On a parasite found in persons suffering from enlargement of the spleen in India, second report - Number 11
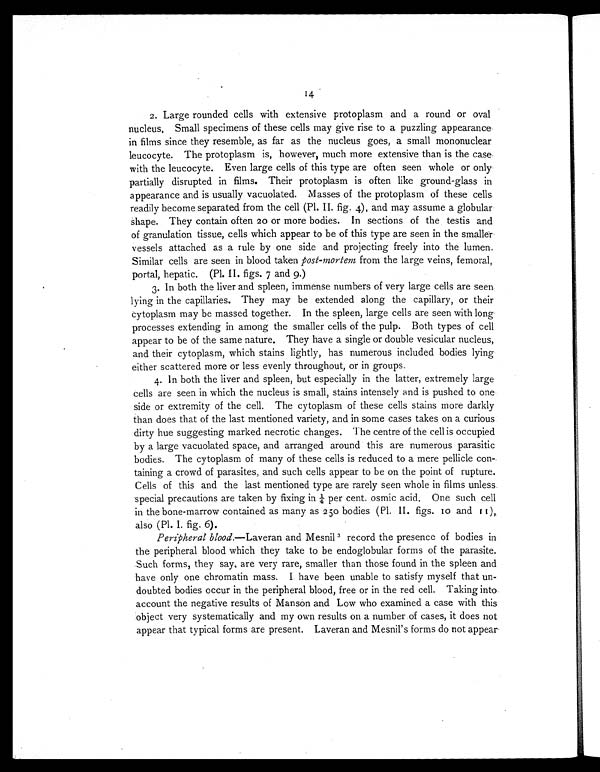
14
2. Large rounded cells with extensive protoplasm and a round or oval
nucleus. Small specimens of these cells may give rise to a puzzling appearance
in films since they resemble, as far as the nucleus goes, a small mononuclear
leucocyte. The protoplasm is, however, much more extensive than is the case
with the leucocyte. Even large cells of this type are often seen whole or only
partially disrupted in films. Their protoplasm is often like ground-glass in
appearance and is usually vacuolated. Masses of the protoplasm of these cells
readily become separated from the cell (Pl. II. fig. 4), and may assume a globular
shape. They contain often 20 or more bodies. In sections of the testis and
of granulation tissue, cells which appear to be of this type are seen in the smaller
vessels attached as a rule by one side and projecting freely into the lumen.
Similar cells are seen in blood taken post-mortem from the large veins, femoral,
portal, hepatic. (Pl. II. figs. 7 and 9.)
3. In both the liver and spleen, immense numbers of very large cells are seen
lying in the capillaries. They may be extended along the capillary, or their
cytoplasm may be massed together. In the spleen, large cells are seen with long
processes extending in among the smaller cells of the pulp. Both types of cell
appear to be of the same nature. They have a single or double vesicular nucleus,
and their cytoplasm, which stains lightly, has numerous included bodies lying
either scattered more or less evenly throughout, or in groups.
4. In both the liver and spleen, but especially in the latter, extremely large
cells are seen in which the nucleus is small, stains intensely and is pushed to one
side or extremity of the cell. The cytoplasm of these cells stains more darkly
than does that of the last mentioned variety, and in some cases takes on a curious
dirty hue suggesting marked necrotic changes. The centre of the cell is occupied
by a large vacuolated space, and arranged around this are numerous parasitic
bodies. The cytoplasm of many of these cells is reduced to a mere pellicle con-
taining a crowd of parasites, and such cells appear to be on the point of rupture.
Cells of this and the last mentioned type are rarely seen whole in films unless
special precautions are taken by fixing in ¼ per cent. osmic acid. One such cell
in the bone-marrow contained as many as 250 bodies (Pl. II. figs. 10 and 11 ),
also (Pl. I. fig. 6).
Peripheral blood.—Laveran and Mesnil 3 record the presence of bodies in
the peripheral blood which they take to be endoglobular forms of the parasite.
Such forms, they say, are very rare, smaller than those found in the spleen and
have only one chromatin mass. I. have been unable to satisfy myself that un-
doubted bodies occur in the peripheral blood, free or in the red cell. Taking into
account the negative results of Manson and Low who examined a case with this
object very systematically and my own results on a number of cases, it does not
appear that typical forms are present. Laveran and Mesnil's forms do not appear